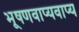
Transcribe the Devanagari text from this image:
भूषणवाप्यवाप्य